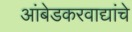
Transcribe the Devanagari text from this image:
आंबेडकरवाद्यांचे